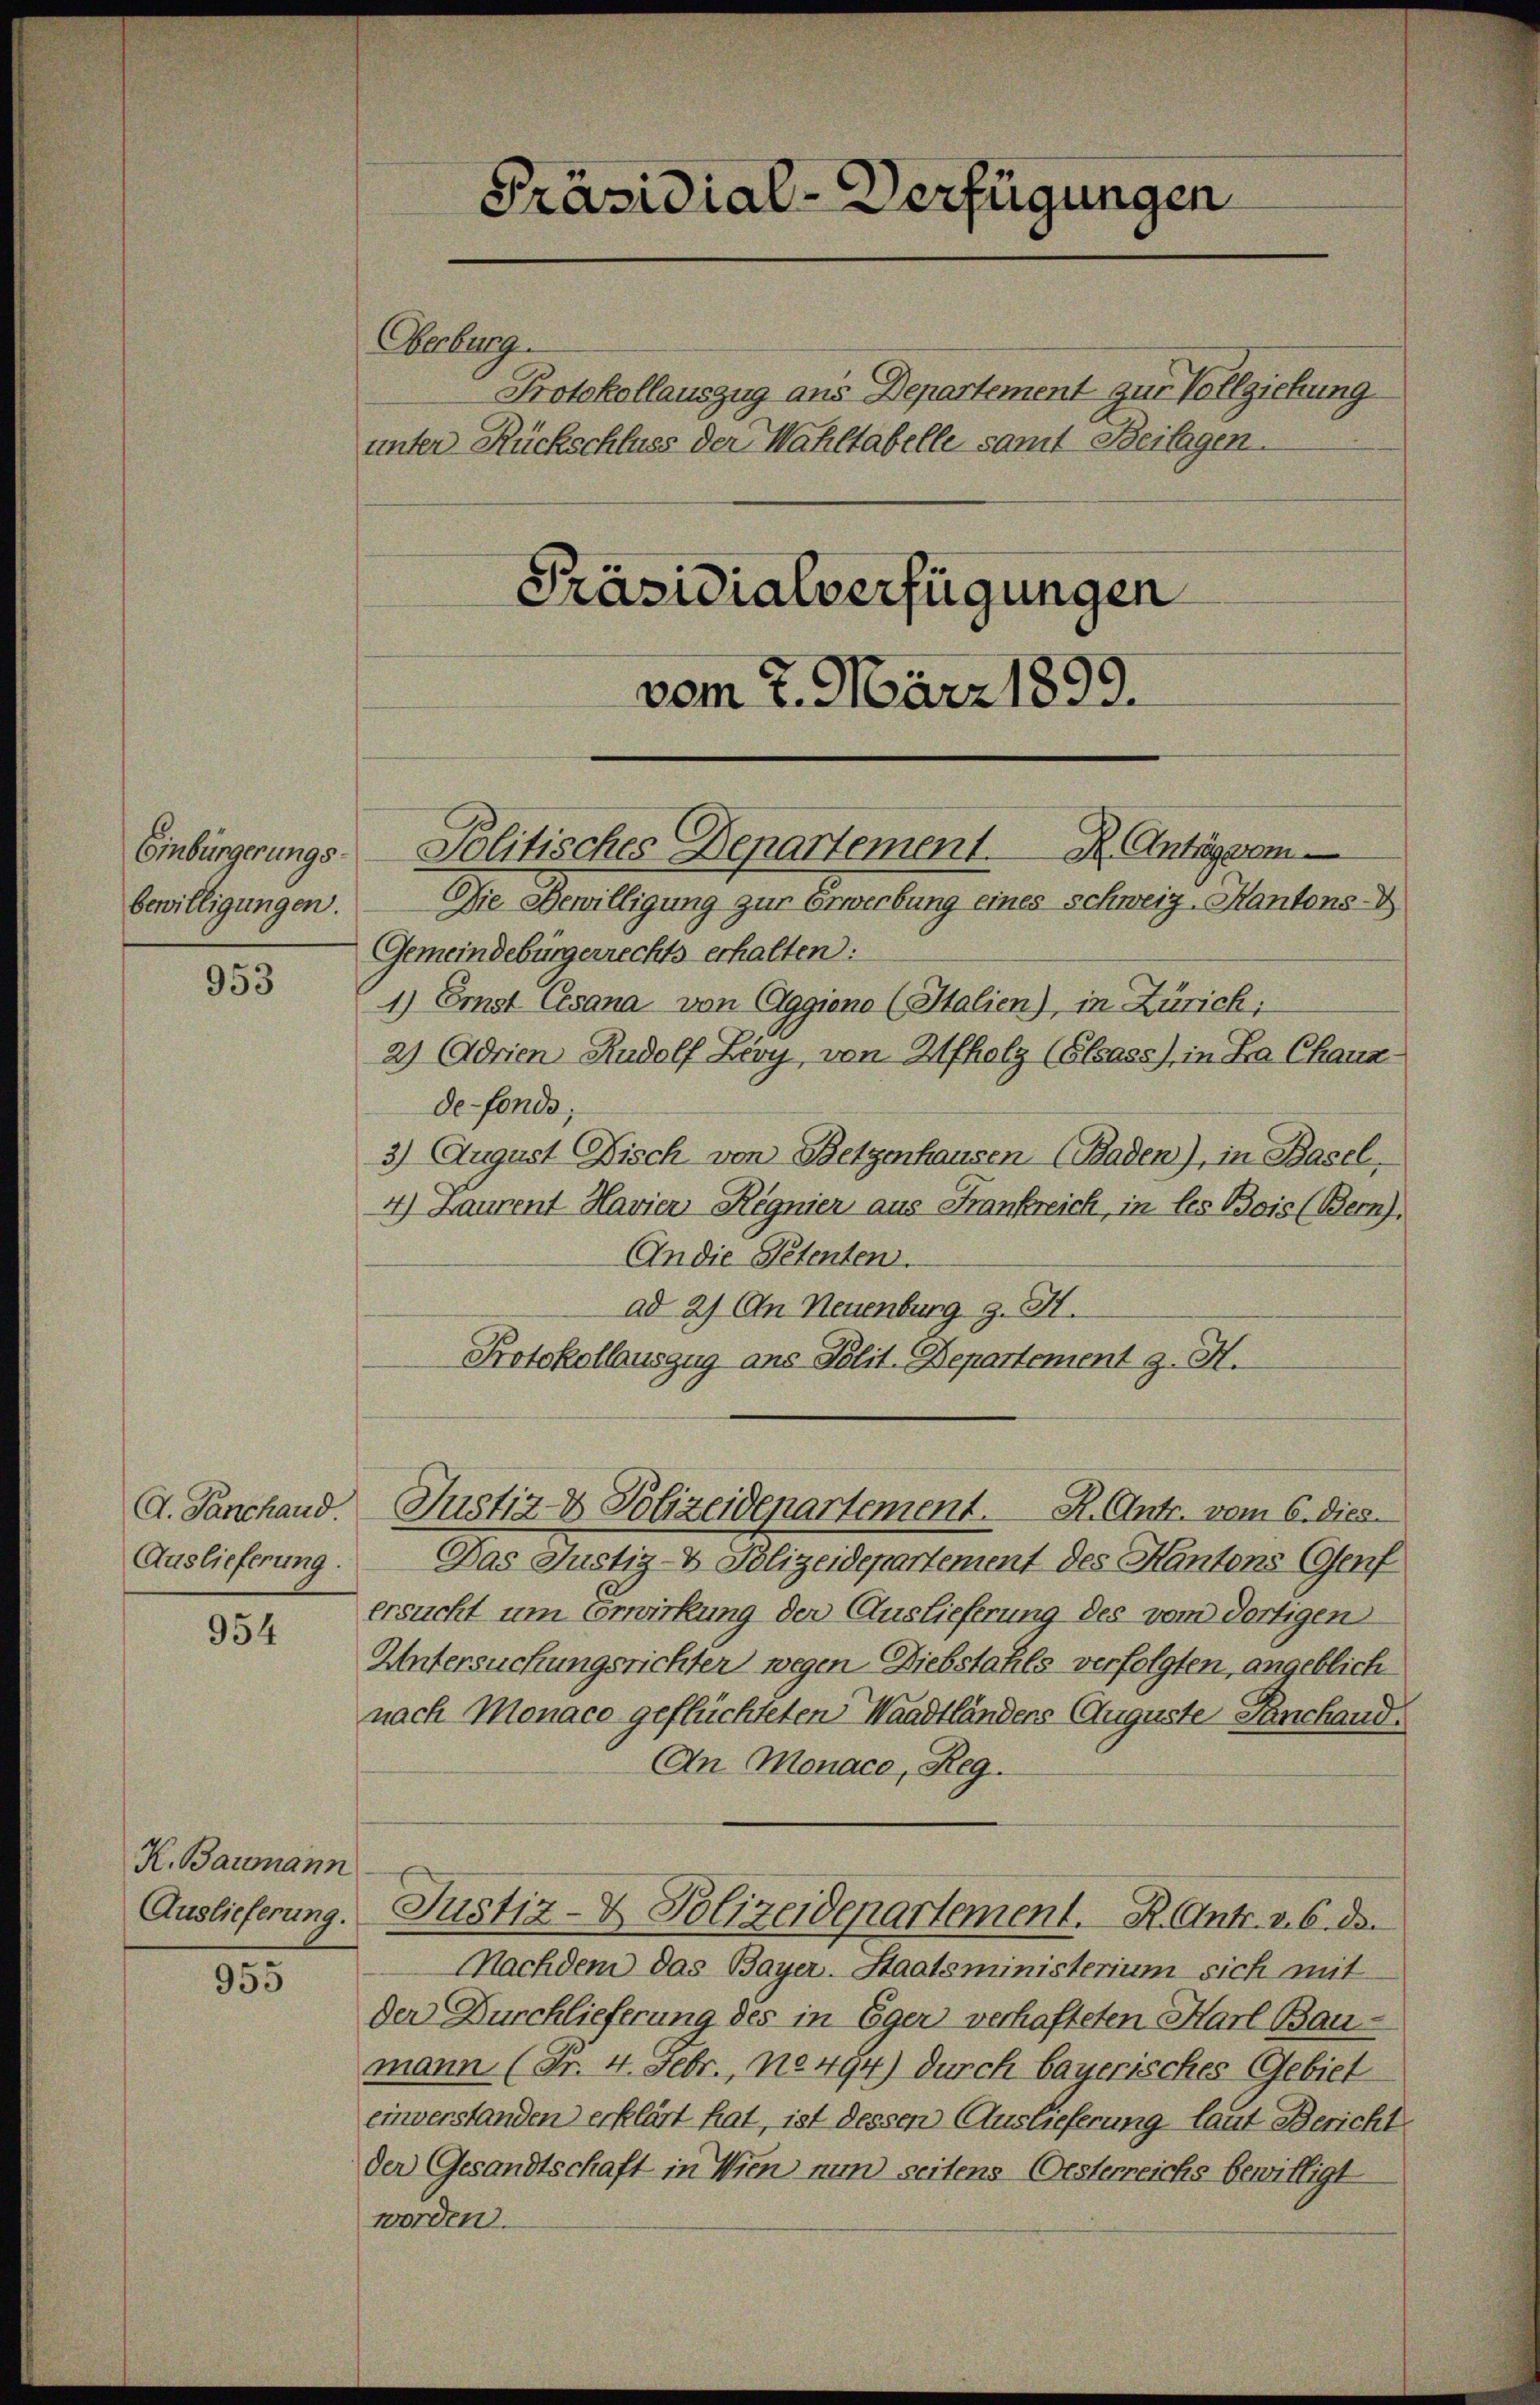
Einbürgerungs-
bewilligungen.

953

G. Sanchand.
Auslieferung.

954

K. Baromann
Auslieferung.

955

Präsidial-Verfügungen
Präsidialverfügungen
vom 7. März 1899.

Oberburg.
Protokollauszug aus Departement zur Vollziehung
unter Rückschluss der Wahltabelle samt Beilagen.

Politisches Departement. R. Anträgerem

Die Bewilligung zur Erwerbung eines Schweiz. Kantons-
Gemeindebürgerrechts erhalten:
1) Erst Cesana von Eggiono (Italien), in Zürich;
2) Adrien Rudolf Lery, von Afholz (Elsass), in La Chaux-
de-Fonde;
3) August Fisch von Betzenhausen Baden), in Basel,
4) Laurent Havier Regnier aus Frankreich, in les Bois (Bern).
An die Petenten.
ad 2) An Neuenburg z. H.
Protokollauszug ans Polit. Departement z. H.
Das Justiz- & Polizeidepartement des Kantons (Genf
ersucht um Erwirkung der Auslieferung des vom dortigen
Untersuchungsrichter wegen Diebstahls verfolgten, angeblich
nach Monaco geflüchteten Waadtländers Auguste Panchand
An Monace, Reg.
Justiz- & Polizeidepartement. R. Antr. v. 6. de
Machdem das Bayer-Staatsministerium sich mit
Der Durchlieferung des in Eger verhafteten Harl Bau-
mann (Fr. 4. Febr., N0494) durch bayerisches Gebiet
einverstanden erklärt hat, ist dessen Auslieferung laut Bericht
Der Gesandtschaft in Wien nun seitens Oesterreichs bewilligt
worden.

Justiz- & Polizeidenartement. H. Antr. vom 6. dies